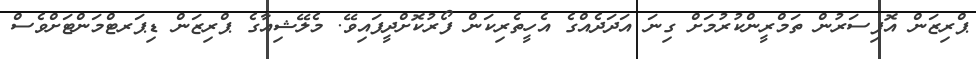
ޕްރިޒަން އޮފިސަރުން ތަމްރީންކުރުމަށް ގިނަ އަދަދެއްގެ އެހީތެރިކަން ފޯރުކޮށްދީފައިވޭ. މެލޭޝިއާގެ ޕްރިޒަން ޑިޕަރޓްމަންޓަށްވެސް